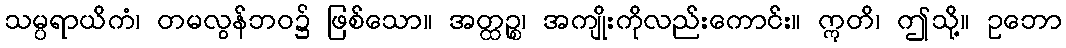
သမ္ပရာယိကံ၊ တမလွန်ဘဝ၌ ဖြစ်သော။ အတ္ထဉ္စ၊ အကျိုးကိုလည်းကောင်း။ ဣတိ၊ ဤသို့။ ဥဘော